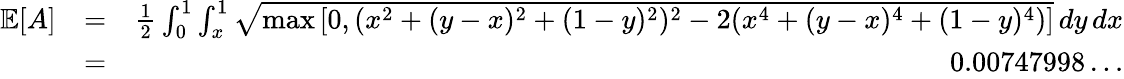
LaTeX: \begin{array}{rlr}{\mathbb{E}[A]}&{=}&{\frac{1}{2}\int_{0}^{1}\int_{x}^{1}\sqrt{\operatorname*{max}\left[0,(x^{2}+(y-x)^{2}+(1-y)^{2})^{2}-2(x^{4}+(y-x)^{4}+(1-y)^{4})\right]}\, dy\, dx}\\ &{=}&{0.00747998\ldots}\end{array}